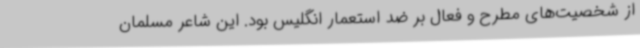
از شخصیت‌های مطرح و فعال بر ضد استعمار انگلیس بود. این شاعر مسلمان